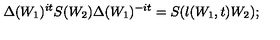
\Delta ( W _ { 1 } ) ^ { i t } S ( W _ { 2 } ) \Delta ( W _ { 1 } ) ^ { - i t } = S ( \l ( W _ { 1 } , t ) W _ { 2 } ) ;